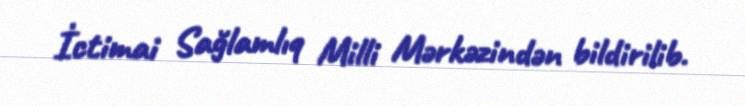
İctimai Sağlamlıq Milli Mərkəzindən bildirilib.